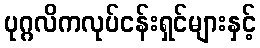
ပုဂ္ဂလိကလုပ်ငန်းရှင်များနှင့်